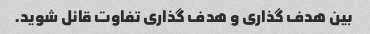
بین هدف گذاری و هدف گذاری تفاوت قائل شوید.